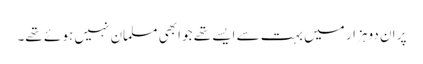
پر ان دو ہزار میں بہت سے ایسے تھے جو ابھی مسلمان نہیں ہو ئے تھے۔